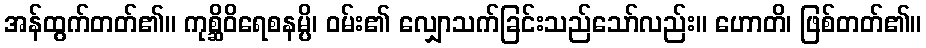
အန်ထွက်တတ်၏။ ကုစ္ဆိဝိရေစနမ္ပိ၊ ဝမ်း၏ လျှောသက်ခြင်းသည်သော်လည်း။ ဟောတိ၊ ဖြစ်တတ်၏။